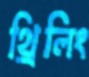
থ্রিলিং